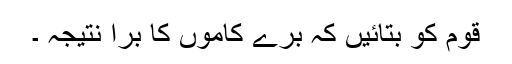
قوم کو بتائیں کہ برے کاموں کا برا نتیجہ ۔